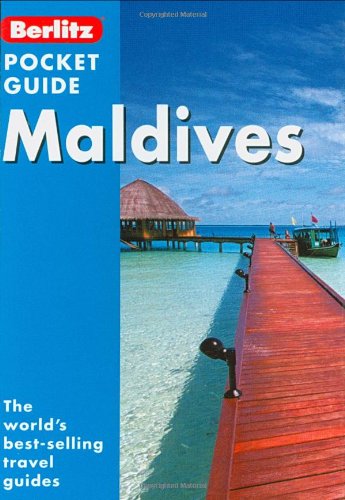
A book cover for Berlitz: Maldives Pocket Guide (Berlitz Pocket Guides); Travel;